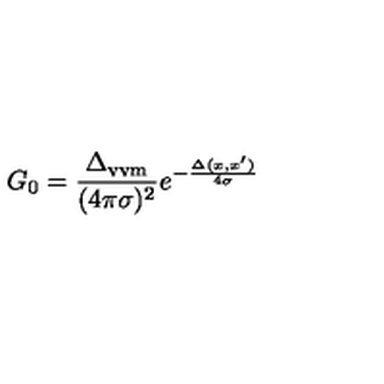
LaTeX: G _ { 0 } = \frac { \Delta _ { \mathrm { v v m } } } { ( 4 \pi \sigma ) ^ { 2 } } e ^ { - \frac { \Delta ( x , x ^ { \prime } ) } { 4 \sigma } }